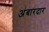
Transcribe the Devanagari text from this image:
अंबारदार